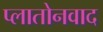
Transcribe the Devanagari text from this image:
प्लातोनवाद